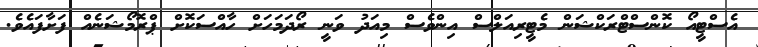
އެސްޓީއޯ ކޮންސްޓްރަކްޝަން މެޓީރިއަލްސް އިންވެސް މިއަދު ވަނީ ރޯދަމަހަށް ހާއްސަކޮށް ޕްރޮމޯޝަނެއް ފަށާފައެެވެ.